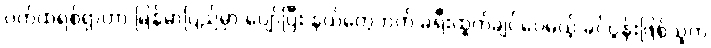
ပက်ထရစ်ရှာဟာ မြန်မာပြည်မှာ ပျော်ပြီး နယ်တွေဘက် ခရီးထွက်ချင်ပေမယ့် ခင်ပွန်းဖြစ်သူက